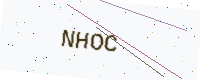
Text: NHOC